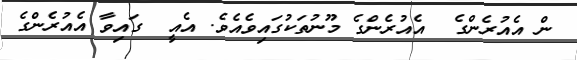
ން އެއުރެންގެ  އެއުރެންގެ މޫނުތަކުގައިވެއެވެ. އެއީ  ގައިވާ އެއުރެންގެ